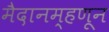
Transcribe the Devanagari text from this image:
मैदानम्हणून